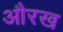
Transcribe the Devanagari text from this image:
औरख